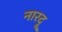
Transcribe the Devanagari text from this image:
नारदू